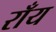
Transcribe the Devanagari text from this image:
राँय